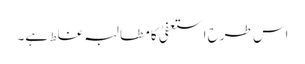
اس طرح استعفیٰ کا مطالبہ غلط ہے۔